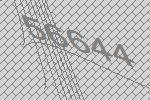
56644